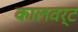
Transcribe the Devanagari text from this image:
कालवर्ट